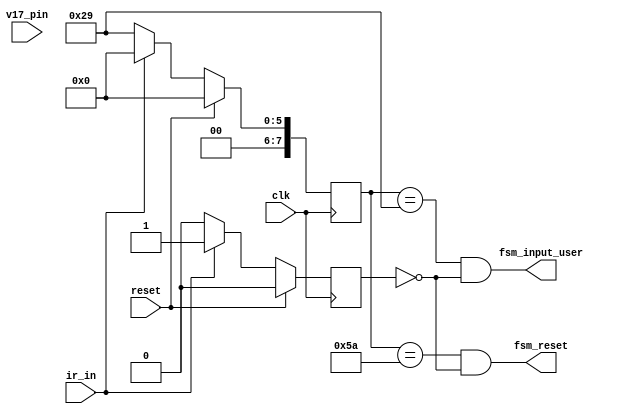
`timescale 1ns / 1ps
//////////////////////////////////////////////////////////////////////////////////
// Company: 
// Engineer: 
// 
// Design Name: 
// Module Name: ir_sensor
// Project Name: 
// Target Devices: 
// Tool Versions: 
// Description: 
// 
// Dependencies: 
// 
// Revision:
// Revision 0.01 - File Created
// Additional Comments:
// 
//////////////////////////////////////////////////////////////////////////////////


`timescale 1ns / 1ps

module ir_sensor (
    input wire clk, reset,
    input wire ir_in, // Connect this to the output of the IR sensor
    input wire v17_pin, // Connect this to the V17 pin of the FPGA BASYS 3 board
    output wire fsm_input_user, fsm_reset
);
    // Declare variables
    reg [7:0] key;
    reg key_release;

    // Sequential logic
    always @(posedge clk)
    begin
        if (reset)
        begin 
            key <= 8'h00; // Clear the key on reset
            key_release <= 1'b0;
        end
        else if (~ir_in) // If the IR sensor is triggered (active low)
        begin 
            key <= 8'h29; // Set the key value to make the dino jump
            key_release <= 1'b0;
        end
        else begin 
            key<=8'h00;
            key_release<=1'b1;
        end
    end

    // Output control keys of interest
    assign fsm_input_user = (key == 8'h29) & !key_release; 
    assign fsm_reset = (key == 8'h5A) & !key_release;//     90
endmodule